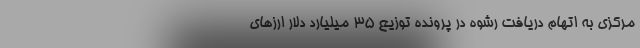
مرکزی به اتهام دریافت رشوه در پرونده توزیع ۳۵ میلیارد دلار ارزهای